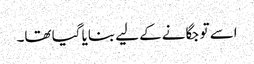
اسے تو جگانے کے لیے بنایا گیا تھا۔